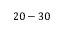
2 0 - 3 0